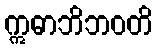
ဣဓာဘိဘဝတိ